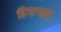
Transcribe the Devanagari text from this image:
ढिगार्‍याचे